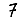
Digit: 7